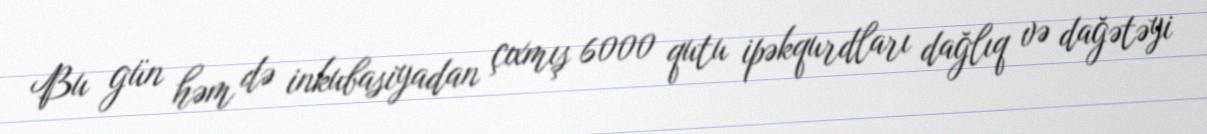
Bu gün həm də inkubasiyadan çıxmış 6000 qutu ipəkqurdları dağlıq və dağətəyi